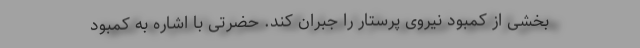
بخشی از کمبود نیروی پرستار را جبران کند. حضرتی با اشاره به کمبود